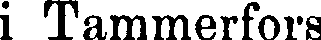
i Tammerfors